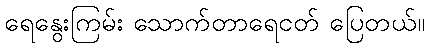
ရေနွေးကြမ်း သောက်တာရေငတ် ပြေတယ်။